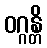
ဝဂ္ဂန္တိ